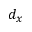
d _ { x }